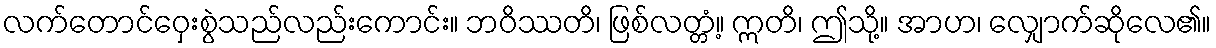
လက်တောင်ဝှေးစွဲသည်လည်းကောင်း။ ဘဝိဿတိ၊ ဖြစ်လတ္တံ့။ ဣတိ၊ ဤသို့။ အာဟ၊ လျှောက်ဆိုလေ၏။